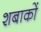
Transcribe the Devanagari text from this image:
शबाकों